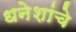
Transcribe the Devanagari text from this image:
धनेशांचे